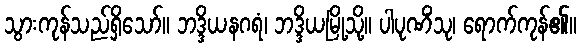
သွားကုန်သည်ရှိသော်။ ဘဒ္ဒိယနဂရံ၊ ဘဒ္ဒိယမြို့သို့။ ပါပုဏိံသု၊ ရောက်ကုန်၏။